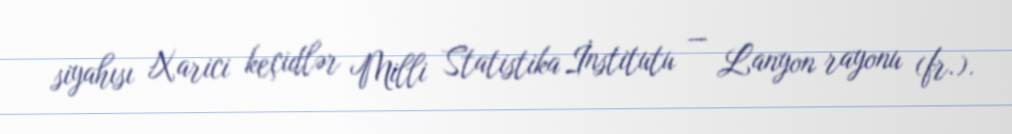
siyahısı Xarici keçidlər Milli Statistika İnstitutu — Lanyon rayonu (fr.).